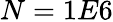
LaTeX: N=1E6